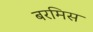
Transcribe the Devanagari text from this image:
बरमिस